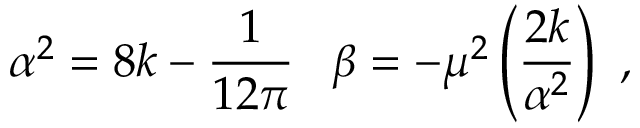
\alpha ^ { 2 } = 8 k - \frac { 1 } { 1 2 \pi } \, \, \, \, \, \beta = - \mu ^ { 2 } \left( \frac { 2 k } { \alpha ^ { 2 } } \right) \, \, ,